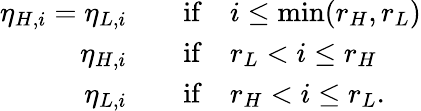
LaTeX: \begin{array}{rl}{\eta_{H,i}=\eta_{L,i}\quad}&{{}\mathrm{if}\quad i\leq\mathrm{min}(r_{H},r_{L})}\\ {\eta_{H,i}\quad}&{{}\mathrm{if}\quad r_{L}<i\leq r_{H}}\\ {\eta_{L,i}\quad}&{{}\mathrm{if}\quad r_{H}<i\leq r_{L}.}\end{array}